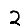
Digit: 2